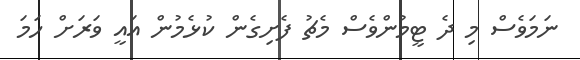
ނަމަވެސް މި ދެ ޓީމުންވެސް މެޗު ފެށިގެން ކުޅެމުން އައީ ވަރަށް ހަމަ